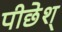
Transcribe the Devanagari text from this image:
पीछेश्